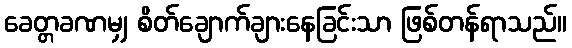
ခေတ္တခဏမျှ စိတ်ချောက်ချားနေခြင်းသာ ဖြစ်တန်ရာသည်။